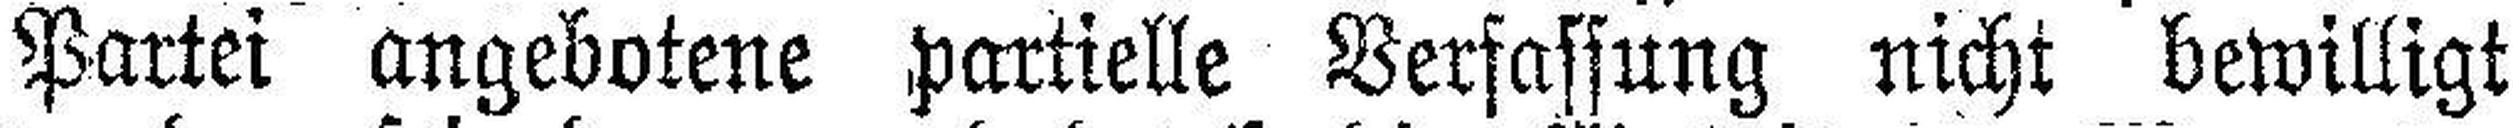
Partei angebotene partielle Verfassung nicht bewilligt